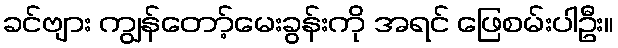
ခင်ဗျား ကျွန်တော့်မေးခွန်းကို အရင် ဖြေစမ်းပါဦး။